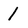
Character: 1